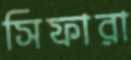
সিফারা